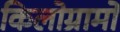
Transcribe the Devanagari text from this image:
किलोग्रामों